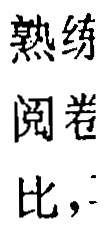
熟练\\阅卷\\比，